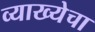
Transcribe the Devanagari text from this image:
व्याख्येचा